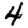
Digit: 4